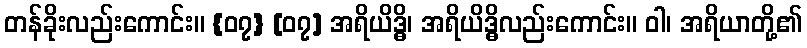
တန်ခိုးလည်းကောင်း။ {၀၇} [၀၇] အရိယိဒ္ဓိ၊ အရိယိဒ္ဓိလည်းကောင်း။ ဝါ၊ အရိယာတို့၏